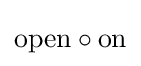
\mathrm {open} \circ \mathrm {on}